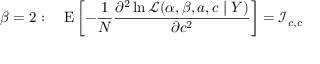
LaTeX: \beta = 2 : \quad \operatorname { E } \left[ - { \frac { 1 } { N } } { \frac { \partial ^ { 2 } \ln { \mathcal { L } } ( \alpha , \beta , a , c \mid Y ) } { \partial c ^ { 2 } } } \right] = { \mathcal { I } } _ { c , c }